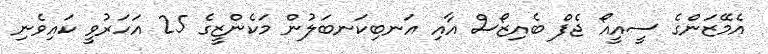
އެެމޭޒަންގެ ސީއީއޯ ޖެފް ބެއިޒޯސް އާއި އަނބިކަނބަލުން މަކެންޒީގެ 25 އަހަރުވީ ކައިވެނި